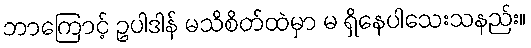
ဘာကြောင့် ဥပါဒါန် မသိစိတ်ထဲမှာ မ ရှိနေပါသေးသနည်း။